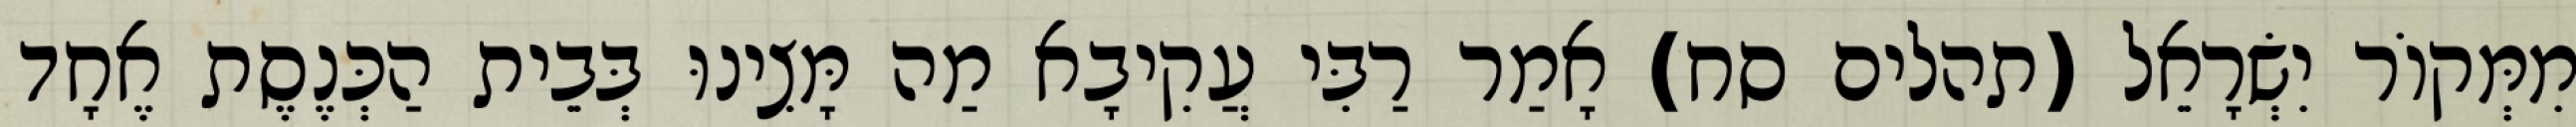
מִמְּקוֹר יִשְׂרָאֵל (תהלים סח) אָמַר רַבִּי עֲקִיבָא מַה מָּצִינוּ בְּבֵית הַכְּנֶסֶת אֶחָד